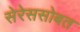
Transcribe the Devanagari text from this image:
सेरेससोबत